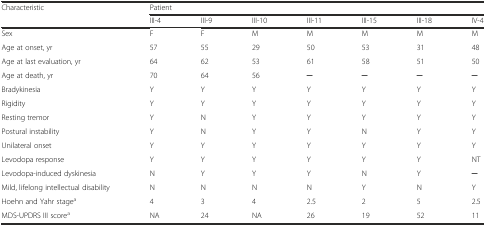
<table><thead><tr><td><b>Characteristic</b></td><td colspan="7"><b>Patient</b></td></tr><tr><td></td><td><b>III-4</b></td><td><b>III-9</b></td><td><b>III-10</b></td><td><b>III-11</b></td><td><b>III-15</b></td><td><b>III-18</b></td><td><b>IV-4</b></td></tr></thead><tbody><tr><td>Sex</td><td>F</td><td>F</td><td>M</td><td>M</td><td>M</td><td>M</td><td>M</td></tr><tr><td>Age at onset, yr</td><td>57</td><td>55</td><td>29</td><td>50</td><td>53</td><td>31</td><td>48</td></tr><tr><td>Age at last evaluation, yr</td><td>64</td><td>62</td><td>53</td><td>61</td><td>58</td><td>51</td><td>50</td></tr><tr><td>Age at death, yr</td><td>70</td><td>64</td><td>56</td><td>─</td><td>─</td><td>─</td><td>─</td></tr><tr><td>Bradykinesia</td><td>Y</td><td>Y</td><td>Y</td><td>Y</td><td>Y</td><td>Y</td><td>Y</td></tr><tr><td>Rigidity</td><td>Y</td><td>Y</td><td>Y</td><td>Y</td><td>Y</td><td>Y</td><td>Y</td></tr><tr><td>Resting tremor</td><td>Y</td><td>N</td><td>Y</td><td>Y</td><td>Y</td><td>Y</td><td>Y</td></tr><tr><td>Postural instability</td><td>Y</td><td>N</td><td>Y</td><td>Y</td><td>N</td><td>Y</td><td>Y</td></tr><tr><td>Unilateral onset</td><td>Y</td><td>Y</td><td>Y</td><td>Y</td><td>Y</td><td>Y</td><td>Y</td></tr><tr><td>Levodopa response</td><td>Y</td><td>Y</td><td>Y</td><td>Y</td><td>Y</td><td>Y</td><td>NT</td></tr><tr><td>Levodopa-induced dyskinesia</td><td>N</td><td>Y</td><td>Y</td><td>Y</td><td>N</td><td>Y</td><td>─</td></tr><tr><td>Mild, lifelong intellectual disability</td><td>N</td><td>N</td><td>N</td><td>N</td><td>Y</td><td>N</td><td>Y</td></tr><tr><td>Hoehn and Yahr stage<sup>a</sup></td><td>4</td><td>3</td><td>4</td><td>2.5</td><td>2</td><td>5</td><td>2.5</td></tr><tr><td>MDS-UPDRS III score<sup>a</sup></td><td>NA</td><td>24</td><td>NA</td><td>26</td><td>19</td><td>52</td><td>11</td></tr></tbody></table>